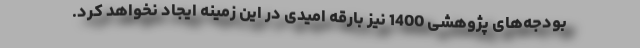
بودجه‌های پژوهشی 1400 نیز بارقه امیدی در این زمینه ایجاد نخواهد کرد.